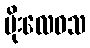
မိုးလေဝသ